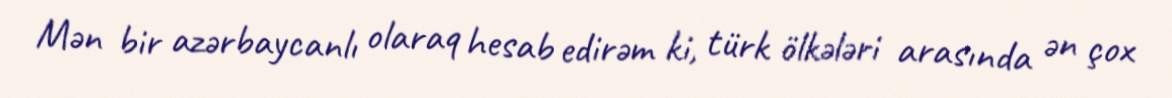
Mən bir azərbaycanlı olaraq hesab edirəm ki, türk ölkələri arasında ən çox